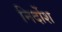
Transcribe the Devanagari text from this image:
निर्दोश